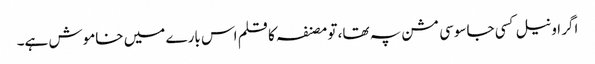
اگر اونیل کسی جاسوسی مشن پہ تھا، تو مصنفہ کا قلم اس بارے میں خاموش ہے۔